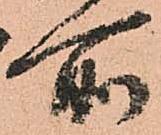
所